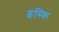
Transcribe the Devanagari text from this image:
इस्कि